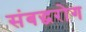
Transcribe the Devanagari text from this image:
संबद्धरोग